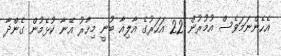
އެހެންނަމަވެސް އުމުރުން 22 އަހަރުގެ އާލިއާ ބުނީ މިހާރު އޭނާ ކުޅެމުން ގެންދާ